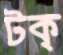
টক্